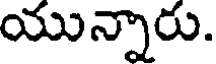
యున్నారు.